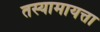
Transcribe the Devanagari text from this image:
तस्यामायत्ता